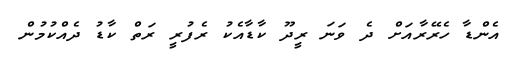
އެންޑާ ހެރޭރާއަށް ދެ ވަނަ ރީދޫ ކާޑާއެކު ރެފުރީ ރަތް ކާޑު ދެއްކުމުން